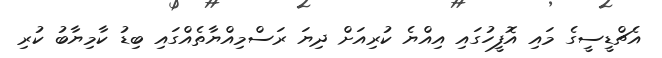
އެޗްޑީސީގެ މައި އޮފީހުގައި އިއްޔެ ކުރިއަށް ދިޔަ ރަސްމިއްޔާތެއްގައި ބިޑު ކާމިޔާބު ކުރި